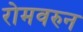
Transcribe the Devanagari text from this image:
रोमवरुन